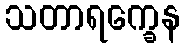
သတာရက္ခေန